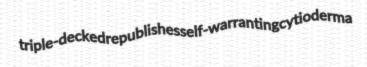
triple-decked republishes self-warranting cytioderma